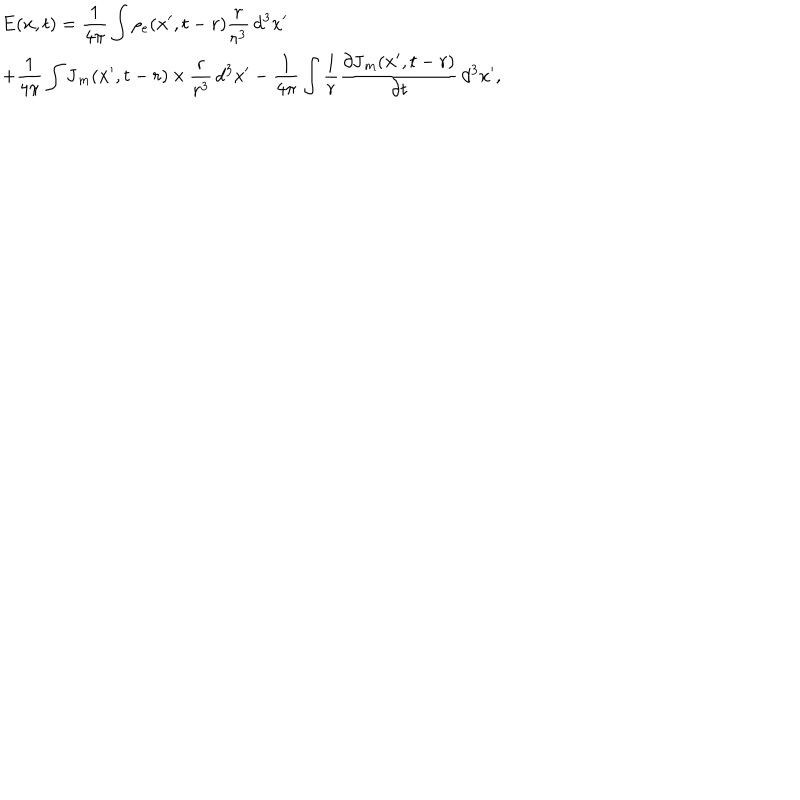
\begin{array} { l } { { \mathbf { E } ( \mathbf { x } , t ) = \displaystyle \frac { 1 } { 4 \pi } \int \rho _ { e } ( \mathbf { x } ^ { \prime } , t - r ) \frac { \mathbf { r } } { r ^ { 3 } } \, d ^ { 3 } x ^ { \prime } \ } } \\ { { + \displaystyle \frac { 1 } { 4 \pi } \int \mathbf { J } _ { m } ( \mathbf { x } ^ { \prime } , t - r ) \, { \bf \times } \, \frac { \mathbf { r } } { r ^ { 3 } } \, d ^ { 3 } x ^ { \prime } - \displaystyle \frac { 1 } { 4 \pi } \int \frac { 1 } { r } \frac { \partial \mathbf { J } _ { m } ( \mathbf { x } ^ { \prime } , t - r ) } { \partial t } \, d ^ { 3 } x ^ { \prime } , } } \\ \end{array}